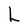
Character: L